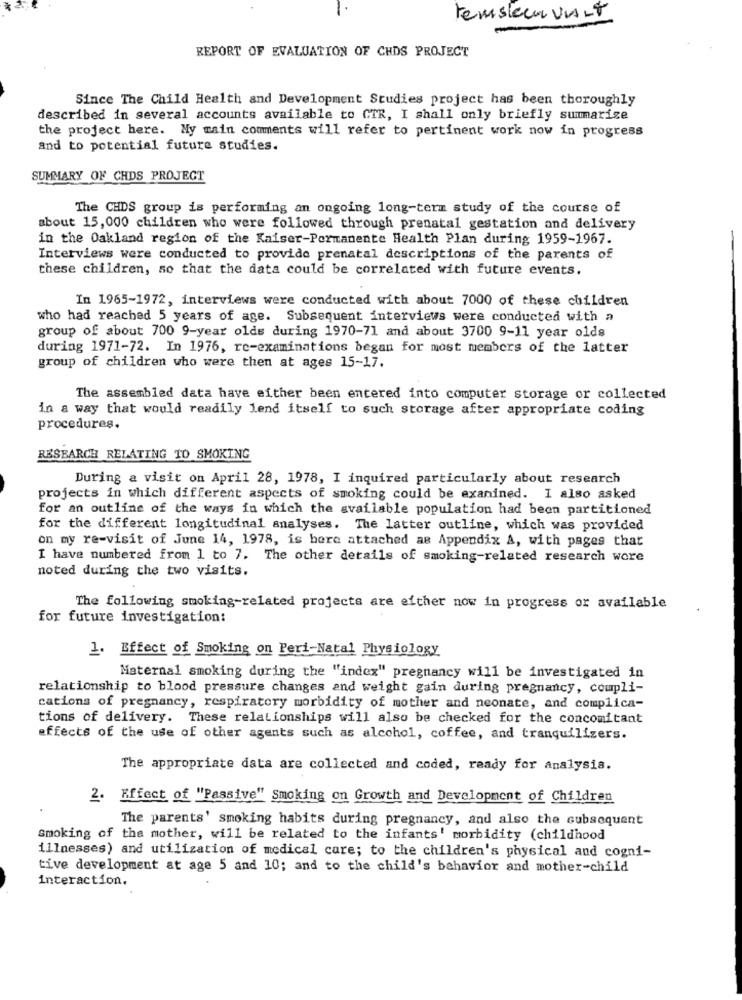
remslee visit
REPORT OF EVALUATION OF CHOS PROJECT
Since The Child Health and Development Studies project has been thoroughly
described in several accounts available to CTR, I shall only briefly summarize
the project here. My main comments will refer to pertinent work now in progress
and to potential future studies.
SUMMARY OF CHDS PROJECT
The CHDS group is performing an ongoing long-term study of the course of
about 15,000 children who were followed through prenatal gestation and delivery
in the Oakland region of the Kaiser-Permanente Health Plan during 1959-1967.
Interviews were conducted to provide prenatal descriptions of the parents of
these children, so that the data could be correlated with future events.
In 1965-1972, interviews were conducted with about 7000 of these children
who had reached 5 years of age. Subsequent interviews were conducted with a
group of about 700 9-year olds during 1970-71 and about 3700 9-11 year olds
during 1971-72. In 1976, re-examinations began for most members of the latter
group of children who were then at ages 15-17.
The assembled data have either been entered into computer storage or collected
in a way that would readily lend itself to such storage after appropriate coding
procedures.
RESEARCH RELATING TO SMOKING
During a visit on April 28, 1978, I inquired particularly about research
projects in which different aspects of smoking could be examined. I also asked
for an outline of the ways in which the available population had been partitioned
for the different longitudinal analyses. The latter outline, which was provided
on my re-visit of June 14, 1978, is here attached as Appendix A, with pages that
I have numbered from 1 to 7. The other details of smoking-related research wore
noted during the two visits.
The following smoking-related projects are either now in progress or available
for future investigation:
1. Effect of Smoking on Peri-Natal Physiology
Maternal smoking during the "index" pregnancy will be investigated in
relationship to blood pressure changes and weight gain during pregnancy, compli-
cations of pregnancy, respiratory morbidity of mother and neonate, and complica-
tions of delivery. These relationships will also be checked for the concomitant
effects of the use of other agents such as alcohol, coffee, and tranquilizers.
The appropriate data are collected and coded, ready for analysis.
2. Effect of "Passive" Smoking on Growth and Development of Children
The parents' smoking habits during pregnancy, and also the subsequent
smoking of the mother, will be related to the infants' morbidity (childhood
illnesses) and utilization of medical care; to the children's physical and cogni-
tive development at age 5 and 10; and to the child's behavior and mother-child
interaction.